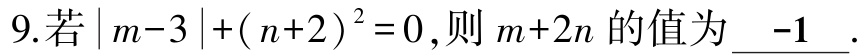
9.若\(\vert m - 3\vert+(n + 2)^{2}=0\),则\(m + 2n\)的值为\(\underline{ -1}\).